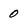
Character: 0